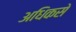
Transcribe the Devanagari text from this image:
अधिकसे